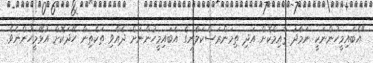
"އެބައިމީހުންނަކީ ނަމާދު ޤާއިމްކޮށް އަދި ތިމަންރަސްކަލާނގެ އެބައިމީހުންނަށް ދެއްވި ތަކެތިން ހޭދަކޮށް އުޅޭމީހުންނެވެ.